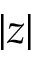
| z |